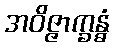
အဝိဇ္ဇာက္ခန္ဓံ